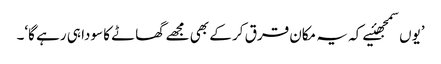
’یوں سمجھئیے کہ یہ مکان قرق کر کے بھی مجھے گھاٹے کا سودا ہی رہے گا‘۔